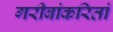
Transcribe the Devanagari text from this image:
गरीबांकरितां